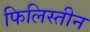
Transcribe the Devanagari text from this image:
फिलिस्‍तीन